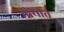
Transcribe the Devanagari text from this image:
मोयात